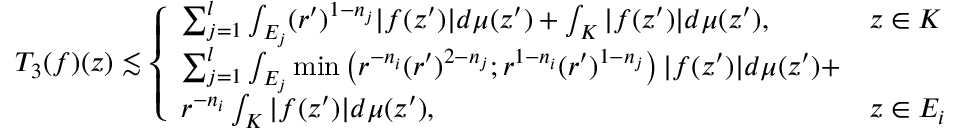
T _ { 3 } ( f ) ( z ) \lesssim \left\{ \begin{array} { l l } { \sum _ { j = 1 } ^ { l } \int _ { E _ { j } } ( r ^ { \prime } ) ^ { 1 - n _ { j } } | f ( z ^ { \prime } ) | d \mu ( z ^ { \prime } ) + \int _ { K } | f ( z ^ { \prime } ) | d \mu ( z ^ { \prime } ) , } & { z \in K } \\ { \sum _ { j = 1 } ^ { l } \int _ { E _ { j } } \operatorname* { m i n } \left( r ^ { - n _ { i } } ( r ^ { \prime } ) ^ { 2 - n _ { j } } ; r ^ { 1 - n _ { i } } ( r ^ { \prime } ) ^ { 1 - n _ { j } } \right) | f ( z ^ { \prime } ) | d \mu ( z ^ { \prime } ) + } \\ { r ^ { - n _ { i } } \int _ { K } | f ( z ^ { \prime } ) | d \mu ( z ^ { \prime } ) , } & { z \in E _ { i } } \end{array} \right.